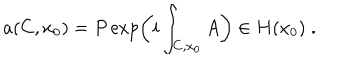
a ( C , x _ { 0 } ) = P \exp \left( i \int _ { C , x _ { 0 } } A \right) \in H ( x _ { 0 } ) \; .